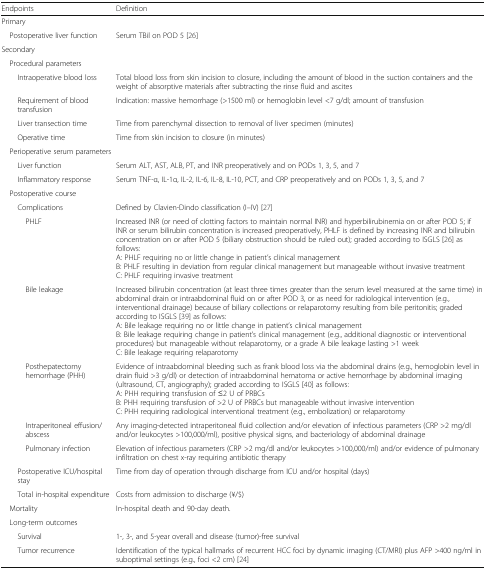
<table><thead><tr><td><b>Endpoints</b></td><td><b>Definition</b></td></tr></thead><tbody><tr><td colspan="2">Primary</td></tr><tr><td> Postoperative liver function</td><td>Serum TBil on POD 5 [26]</td></tr><tr><td colspan="2">Secondary</td></tr><tr><td colspan="2"> Procedural parameters</td></tr><tr><td>Intraoperative blood loss</td><td>Total blood loss from skin incision to closure, including the amount of blood in the suction containers and the weight of absorptive materials after subtracting the rinse fluid and ascites</td></tr><tr><td>Requirement of blood transfusion</td><td>Indication: massive hemorrhage (&gt;1500 ml) or hemoglobin level &lt;7 g/dl; amount of transfusion</td></tr><tr><td>Liver transection time</td><td>Time from parenchymal dissection to removal of liver specimen (minutes)</td></tr><tr><td>Operative time</td><td>Time from skin incision to closure (in minutes)</td></tr><tr><td colspan="2"> Perioperative serum parameters</td></tr><tr><td>Liver function</td><td>Serum ALT, AST, ALB, PT, and INR preoperatively and on PODs 1, 3, 5, and 7</td></tr><tr><td>Inflammatory response</td><td>Serum TNF-α, IL-1α, IL-2, IL-6, IL-8, IL-10, PCT, and CRP preoperatively and on PODs 1, 3, 5, and 7</td></tr><tr><td colspan="2"> Postoperative course</td></tr><tr><td>Complications</td><td>Defined by Clavien-Dindo classification (I–IV) [27]</td></tr><tr><td>PHLF</td><td>Increased INR (or need of clotting factors to maintain normal INR) and hyperbilirubinemia on or after POD 5; if INR or serum bilirubin concentration is increased preoperatively, PHLF is defined by increasing INR and bilirubin concentration on or after POD 5 (biliary obstruction should be ruled out); graded according to ISGLS [26] as follows:A: PHLF requiring no or little change in patient’s clinical managementB: PHLF resulting in deviation from regular clinical management but manageable without invasive treatmentC: PHLF requiring invasive treatment</td></tr><tr><td>Bile leakage</td><td>Increased bilirubin concentration (at least three times greater than the serum level measured at the same time) in abdominal drain or intraabdominal fluid on or after POD 3, or as need for radiological intervention (e.g., interventional drainage) because of biliary collections or relaparotomy resulting from bile peritonitis; graded according to ISGLS [39] as follows:A: Bile leakage requiring no or little change in patient’s clinical managementB: Bile leakage requiring change in patient’s clinical management (e.g., additional diagnostic or interventional procedures) but manageable without relaparotomy, or a grade A bile leakage lasting &gt;1 weekC: Bile leakage requiring relaparotomy</td></tr><tr><td>Posthepatectomy hemorrhage (PHH)</td><td>Evidence of intraabdominal bleeding such as frank blood loss via the abdominal drains (e.g., hemoglobin level in drain fluid &gt;3 g/dl) or detection of intraabdominal hematoma or active hemorrhage by abdominal imaging (ultrasound, CT, angiography); graded according to ISGLS [40] as follows:A: PHH requiring transfusion of ≤2 U of PRBCsB: PHH requiring transfusion of &gt;2 U of PRBCs but manageable without invasive interventionC: PHH requiring radiological interventional treatment (e.g., embolization) or relaparotomy</td></tr><tr><td>Intraperitoneal effusion/abscess</td><td>Any imaging-detected intraperitoneal fluid collection and/or elevation of infectious parameters (CRP &gt;2 mg/dl and/or leukocytes &gt;100,000/ml), positive physical signs, and bacteriology of abdominal drainage</td></tr><tr><td>Pulmonary infection</td><td>Elevation of infectious parameters (CRP &gt;2 mg/dl and/or leukocytes &gt;100,000/ml) and/or evidence of pulmonary infiltration on chest x-ray requiring antibiotic therapy</td></tr><tr><td>Postoperative ICU/hospital stay</td><td>Time from day of operation through discharge from ICU and/or hospital (days)</td></tr><tr><td>Total in-hospital expenditure</td><td>Costs from admission to discharge (¥/$)</td></tr><tr><td> Mortality</td><td>In-hospital death and 90-day death.</td></tr><tr><td colspan="2"> Long-term outcomes</td></tr><tr><td>Survival</td><td>1-, 3-, and 5-year overall and disease (tumor)-free survival</td></tr><tr><td>Tumor recurrence</td><td>Identification of the typical hallmarks of recurrent HCC foci by dynamic imaging (CT/MRI) plus AFP &gt;400 ng/ml in suboptimal settings (e.g., foci &lt;2 cm) [24]</td></tr></tbody></table>